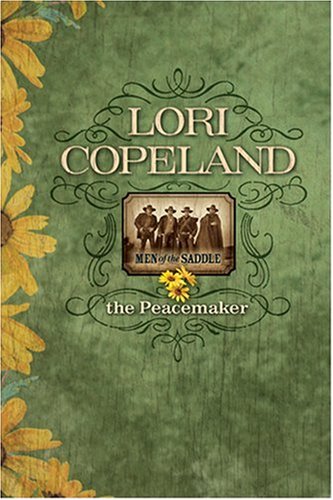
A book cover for The Peacemaker (Men of the Saddle #1); Lori Copeland; Religion & Spirituality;